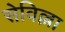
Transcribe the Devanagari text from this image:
सेविल्ला